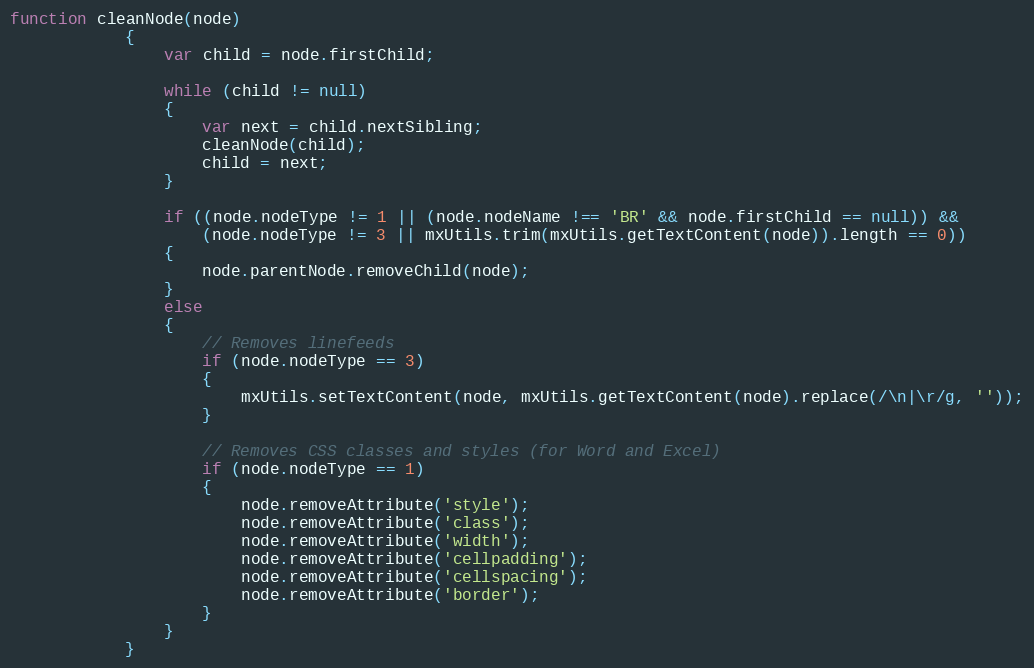
Language: JavaScript
function cleanNode(node)
			{
				var child = node.firstChild;

				while (child != null)
				{
					var next = child.nextSibling;
					cleanNode(child);
					child = next;
				}

				if ((node.nodeType != 1 || (node.nodeName !== 'BR' && node.firstChild == null)) &&
					(node.nodeType != 3 || mxUtils.trim(mxUtils.getTextContent(node)).length == 0))
				{
					node.parentNode.removeChild(node);
				}
				else
				{
					// Removes linefeeds
					if (node.nodeType == 3)
					{
						mxUtils.setTextContent(node, mxUtils.getTextContent(node).replace(/\n|\r/g, ''));
					}

					// Removes CSS classes and styles (for Word and Excel)
					if (node.nodeType == 1)
					{
						node.removeAttribute('style');
						node.removeAttribute('class');
						node.removeAttribute('width');
						node.removeAttribute('cellpadding');
						node.removeAttribute('cellspacing');
						node.removeAttribute('border');
					}
				}
			}